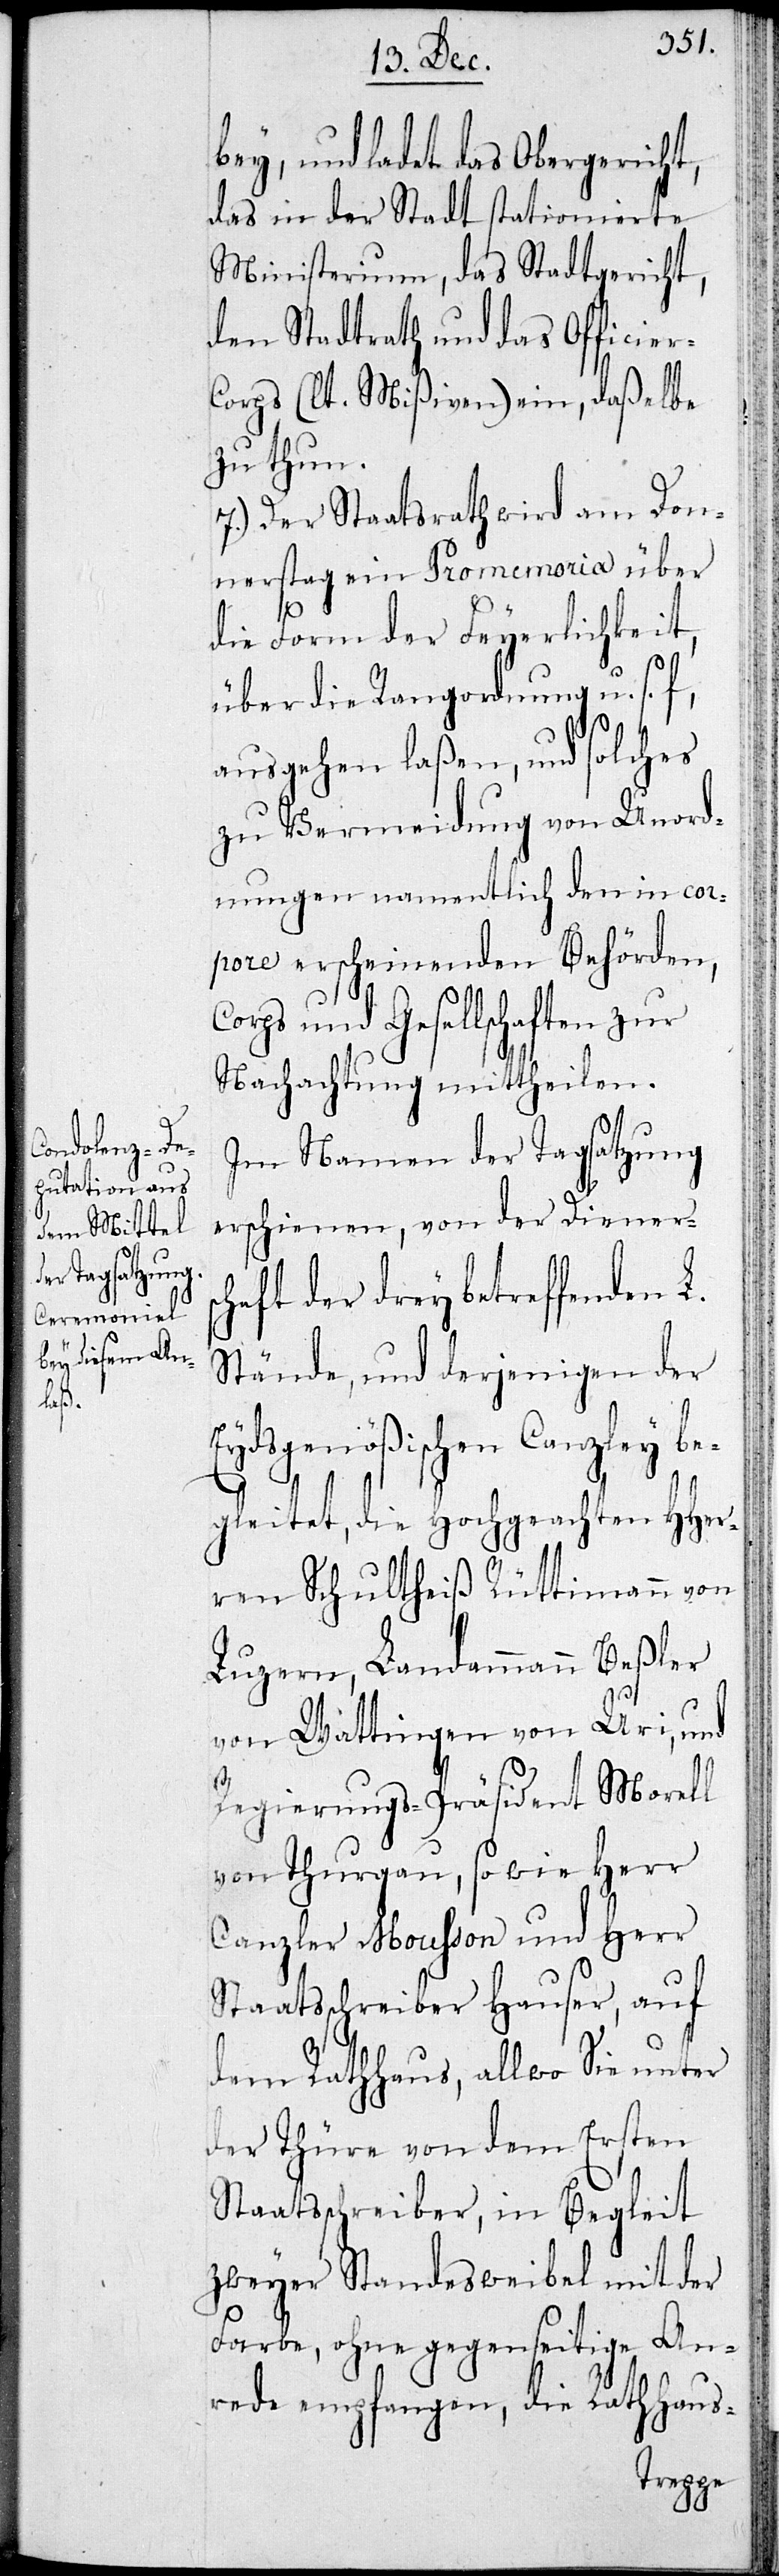
r-C¬

bey und ladet das Obergericht,
das in der Stadt stationierte
Ministerium, das Stadtgericht,
den Stadtrath und das Officie¬
orps (lt. Mißiven) ein, daßelbe
zu thun.
7.) Der Staatsrath wird am Don¬
nerstag ein Promemoria über
die Form der Feyerlichkeit,
über die Rangordnung u. s.
ausgehen laßen, und solches
zu Vermeidung von Unord¬
nungen namentlich den in cor¬
pore erscheinenden Behörden,
Corps und Gesellschaften zur
Nachachtung mittheilen.
Im Namen der Tagsatzung
erschienen, von der Dieners¬
chaft der drey betreffenden L.
Stände, und derjenigen der
Eydsgenößischen Canzley be¬
gleitet, die Hochgeachten HHer¬
ren Schultheiß Rüttimann von
Luzern, Landammann Beßler
von Wattingen von Uri, und
Regierungs-Präsident Morell
von Thurgau, so wie Herr
Canzler Mousson und Herr
Staatsschreiber Hauser, auf
dem Rathhaus, allwo Sie unter
der Thüre von dem Ersten
Staatsschreiber, in Begleit
zweyer Standesweibel mit der
Farbe, ohne gegenseitige An¬
rede empfangen, die Rathhaus-